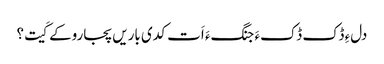
دلءِ ڈک ڈکءَ جنگءَ اَت کدی باریں پجاروکے کَیت؟